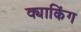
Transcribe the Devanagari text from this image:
क्याकिंग